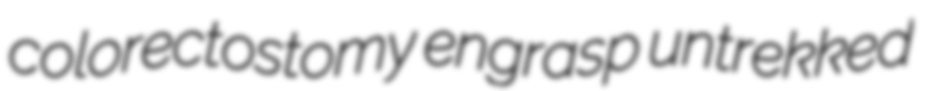
colorectostomy engrasp untrekked